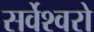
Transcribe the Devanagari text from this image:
सर्वेश्वरो